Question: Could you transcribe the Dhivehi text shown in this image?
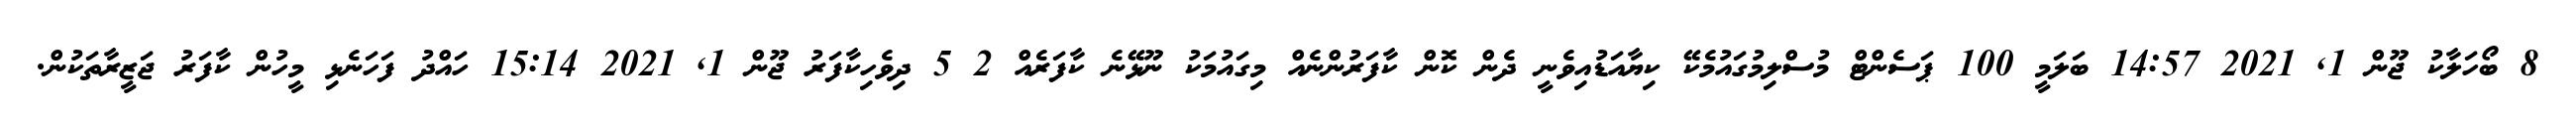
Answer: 8 ބޯހަލާކު ޖޫން 1, 2021 14:57 ބަލަމީ 100 ޕަސެންޓް މުސްލިމުގައުމެކޭ ކިޔާއަޑުއިވެނީ ދެން ކޮން ކާފަރުންނެއް މިގައުމަކު ނޫޅޭނެ ކާފަރެއް 2 5 ދިވެހިކާފަރު ޖޫން 1, 2021 15:14 ހައްދު ފަހަނެޅި މީހުން ކާފަރު ޖަޒީރާތަކުން.